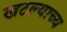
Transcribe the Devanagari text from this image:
खटल्याच्य